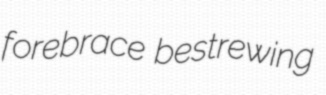
forebrace bestrewing